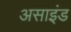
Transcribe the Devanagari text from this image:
असाइंड